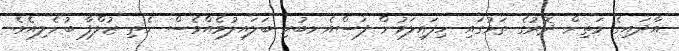
އާދައިގެ މަތިން ދޮރުގެ ތަޅުގައި ހިފައިލަމުން ފަސްއެނބުރި ބަލައިލުމެއްވެސް ނެތި ޒުލްފާ ބުނެލިއެވެ.